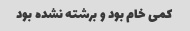
کمی خام بود و برشته نشده بود